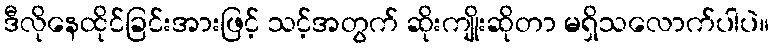
ဒီလိုနေထိုင်ခြင်းအားဖြင့် သင့်အတွက် ဆိုးကျိုးဆိုတာ မရှိသလောက်ပါပဲ။